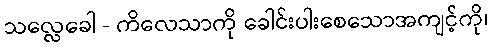
သလ္လေခေါ - ကိလေသာကို ခေါင်းပါးစေသောအကျင့်ကို၊